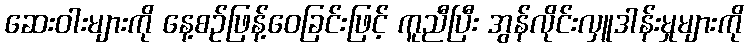
ဆေးဝါးများကို နေ့စဉ်ဖြန့်ဝေခြင်းဖြင့် ကူညီပြီး အွန်လိုင်းလှူဒါန်းမှုများကို